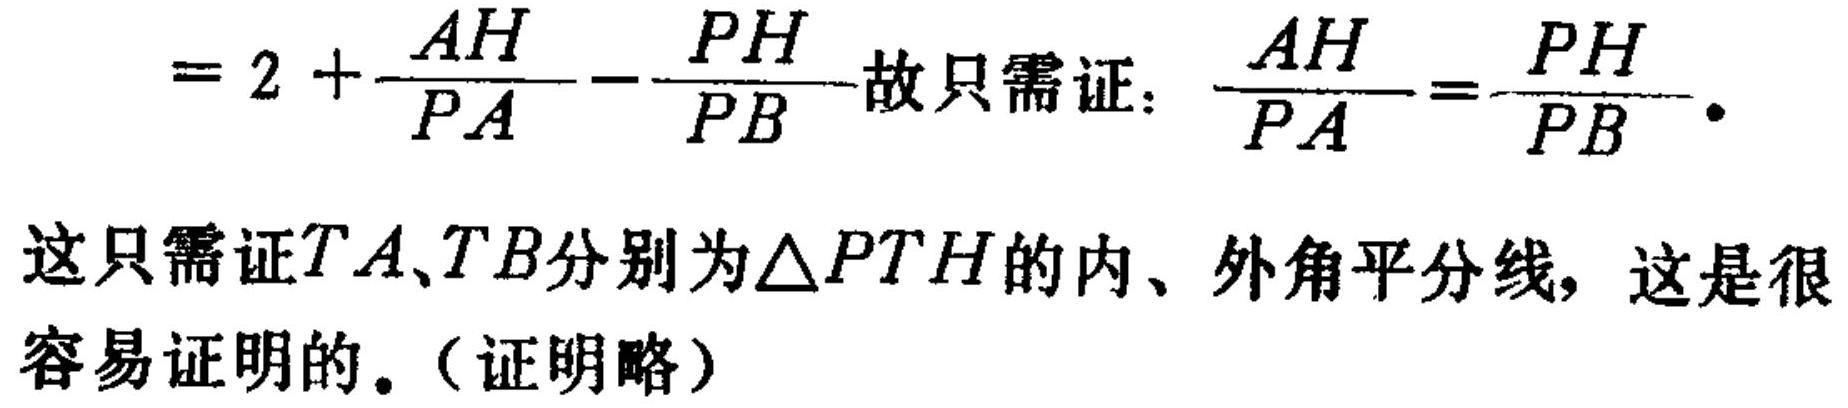
\(=2+\frac{AH}{PA}-\frac{PH}{PB}\)故只需证：\(\frac{AH}{PA}=\frac{PH}{PB}\)．
这只需证\(TA、TB\)分别为\(\triangle PTH\)的内、外角平分线，这是很容易证明的。（证明略）